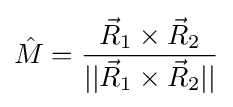
{\hat {M}}={\frac {{\vec {R}}_{1}\times {\vec {R}}_{2}}{||{\vec {R}}_{1}\times {\vec {R}}_{2}||}}